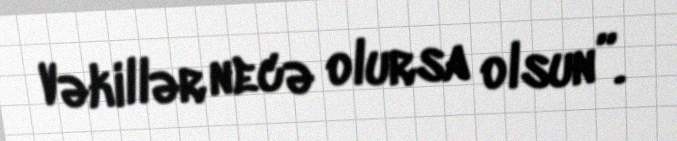
Vəkillər necə olursa olsun”.